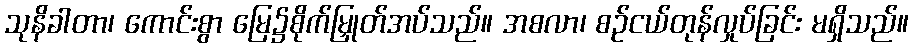
သုနိခါတာ၊ ကောင်းစွာ မြေ၌စိုက်မြှုတ်အပ်သည်။ အစလာ၊ စဉ်ငယ်တုန်လှုပ်ခြင်း မရှိသည်။